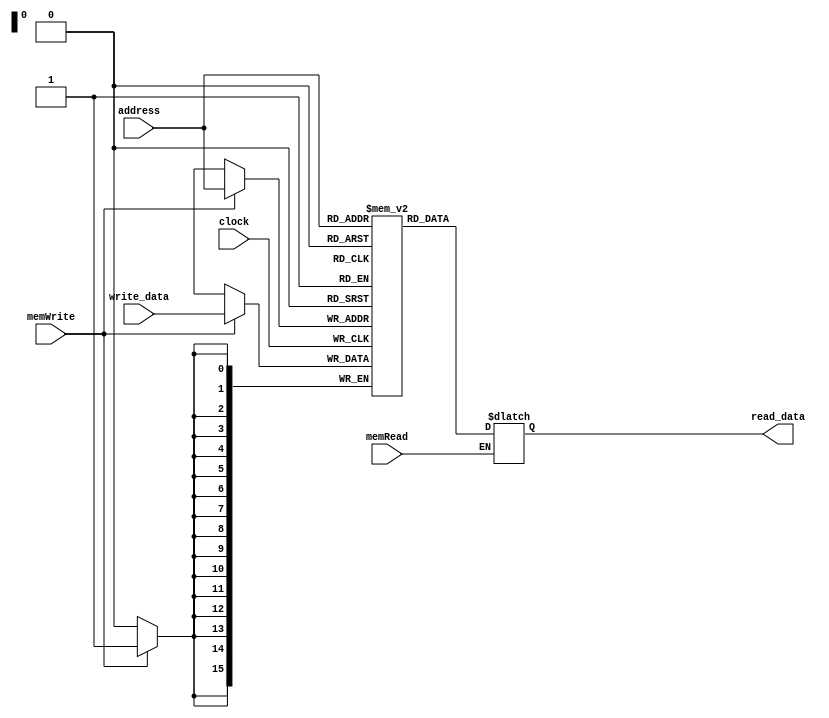
module data_memory(
// data memory, 2^16 words, 16 bits each
input clock,
input [15:0] address,
input [15:0] write_data,
input memWrite,
input memRead,
output reg [15:0] read_data
);

reg [15:0] memory [0:65535];

always @ (posedge clock) begin
	if (memWrite) begin
		memory[address] <= write_data;
	end
end

always @ (*) begin
	if (memRead) begin
		read_data <= memory[address];
	end
end

endmodule